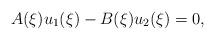
LaTeX: \begin{align*}A(\xi)u_{1}(\xi)-B(\xi)u_{2}(\xi)=0,\end{align*}